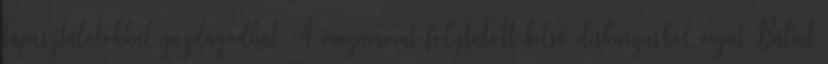
tapasztalatokkal gazdagodhat. A magammal folytatott belső diskurzusból végül Bálint